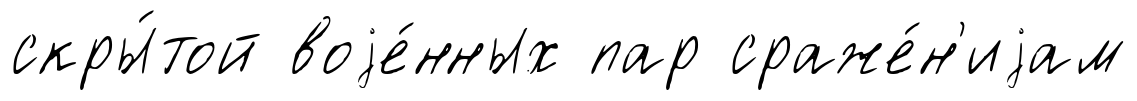
скры́той воjе́нных пар сраже́н'иjам